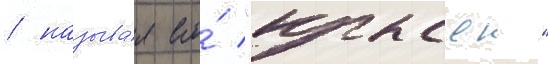
/ называ́я его́ "крысои"